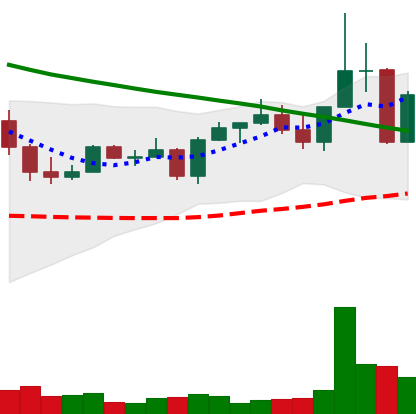
Ticker: EOS-USD
Chart end date: 2022-08-20
Forward return: 23.51%
Label: up_7plus